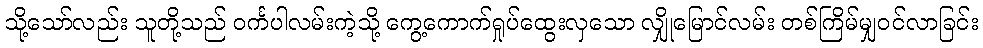
သို့သော်လည်း သူတို့သည် ဝင်္ကပါလမ်းကဲ့သို့ ကွေ့ကောက်ရှုပ်ထွေးလှသော လျှိုမြောင်လမ်း တစ်ကြိမ်မျှဝင်လာခြင်း